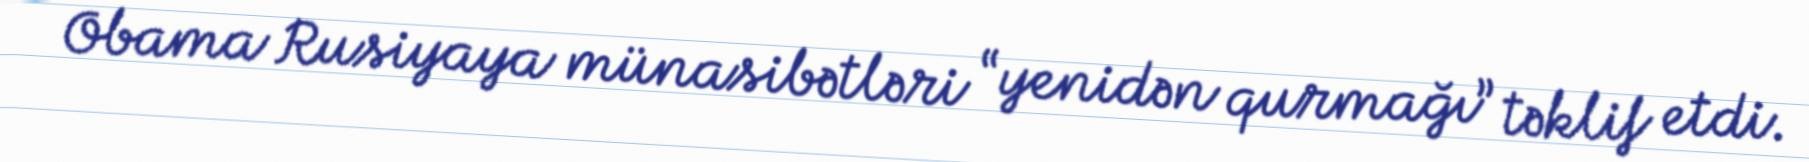
Obama Rusiyaya münasibətləri “yenidən qurmağı” təklif etdi.